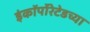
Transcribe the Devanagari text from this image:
इंकॉर्पोरेटेडच्या